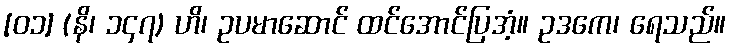
[၀၁] (နိ၊ ၁၄၇) ဟိ၊ ဥပမာဆောင် ထင်အောင်ပြအံ့။ ဥဒကေ၊ ရေသည်။